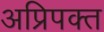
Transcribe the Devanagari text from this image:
अप्रिपक्त